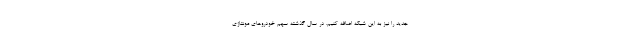
جدید را نیز به این شبکه اضافه کنیم. در سال گذشته سهم خودروهای مونتاژی